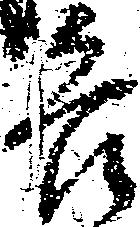
各